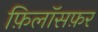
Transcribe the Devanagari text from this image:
फ़िलॉसफ़र